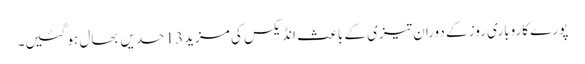
پورے کاروباری روز کے دوران تیزی کے باعث انڈیکس کی مزید 13 حدیں بحال ہو گئیں۔